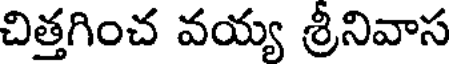
చిత్తగించ వయ్య శ్రీనివాస